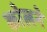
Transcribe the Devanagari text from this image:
कोलने